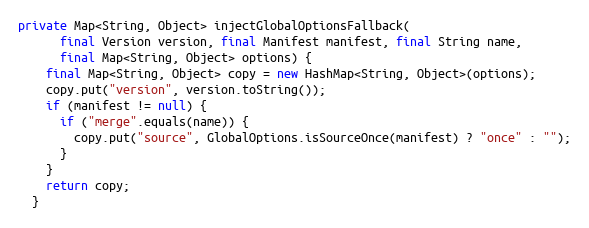
Language: Java
private Map<String, Object> injectGlobalOptionsFallback(
      final Version version, final Manifest manifest, final String name,
      final Map<String, Object> options) {
    final Map<String, Object> copy = new HashMap<String, Object>(options);
    copy.put("version", version.toString());
    if (manifest != null) {
      if ("merge".equals(name)) {
        copy.put("source", GlobalOptions.isSourceOnce(manifest) ? "once" : "");
      }
    }
    return copy;
  }